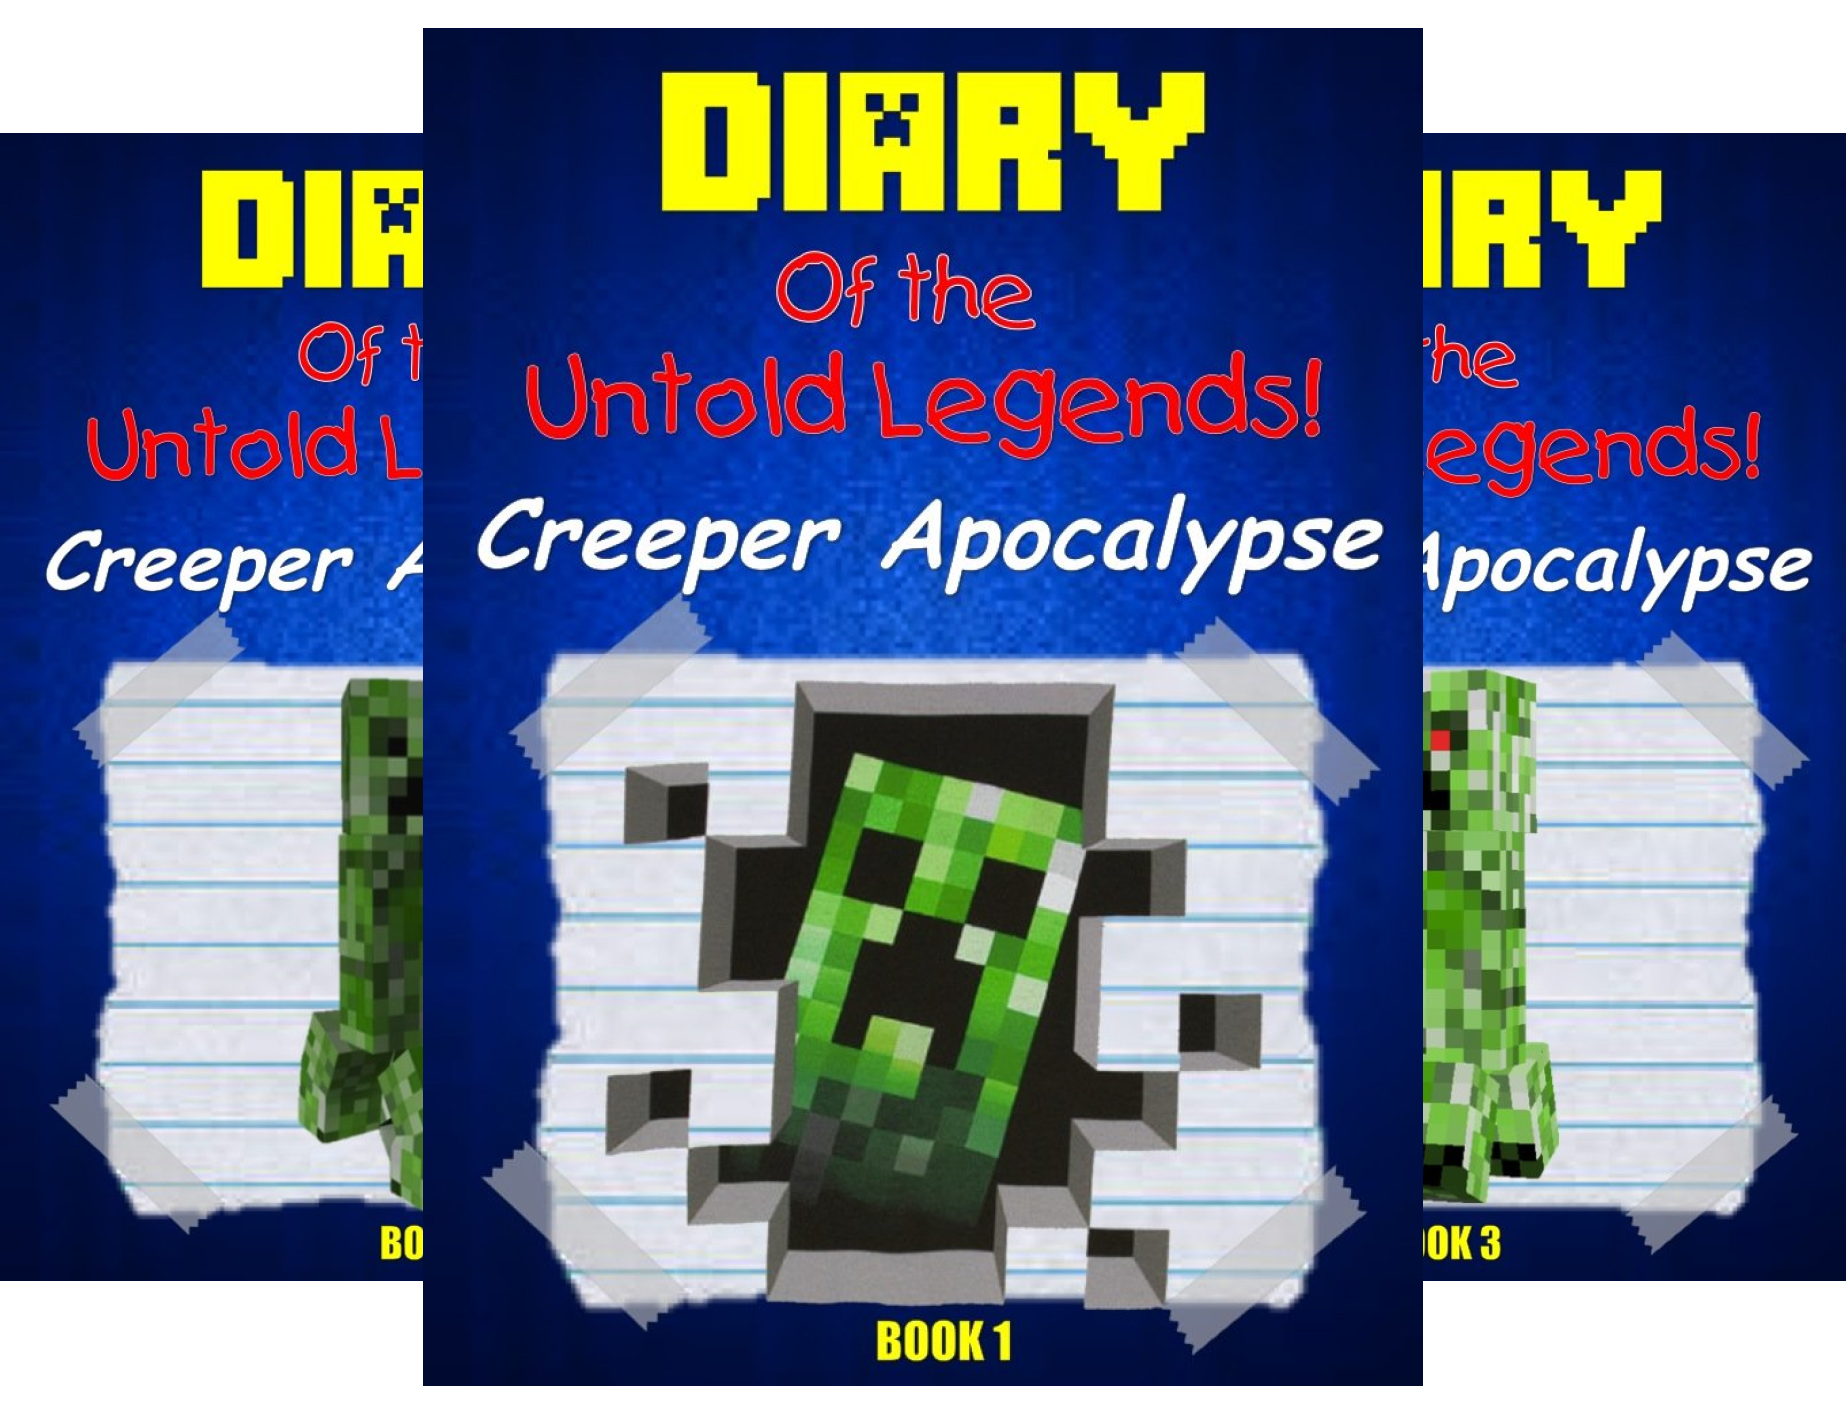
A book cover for Minecraft Apocalypse (3 Book Series); Steve Steven; Children's Books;